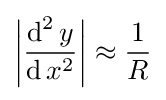
\left|{\frac {\operatorname {d} ^{2}y}{\operatorname {d} x^{2}}}\right|\approx {\frac {1}{R}}